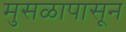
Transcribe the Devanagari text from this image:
मुसळापासून